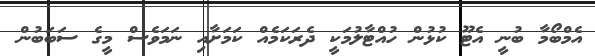
އެމްބޯމާ ބުނީ އެޓޫ ކުޅުން ހުއްޓާލުމަކީ ދެރަކަމެއް ކަމަށާއި ނަމަވެސް މީގެ ސަބަބުން